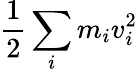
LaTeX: {\frac{1}{2}}\sum_{i}m_{i}v_{i}^{2}